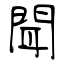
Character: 聞